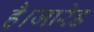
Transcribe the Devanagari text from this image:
है।जारेड